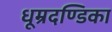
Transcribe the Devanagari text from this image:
धूम्रदण्डिका